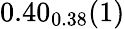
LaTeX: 0.40_{0.38}(1)